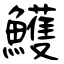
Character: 鱯